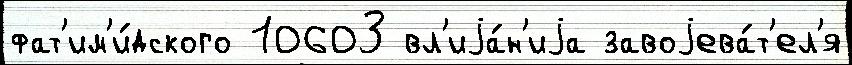
фат'им'и́дского 10603 вл'иjа́н'иjа завоjева́т'ел'я